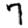
Digit: 7